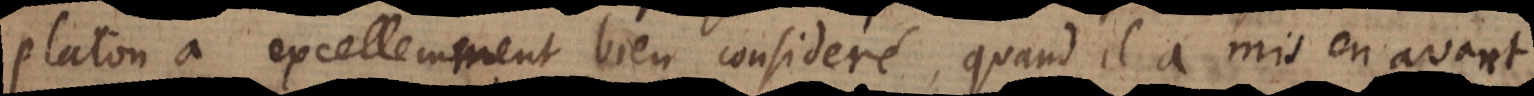
Platon a excellemment bien consideré, quand il a mis en avant